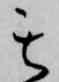
其